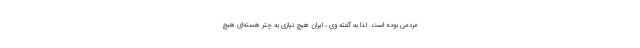
مردمی بوده است. لذا به گفته وی ، ایران هیچ نیازی به چتر هسته‌ای هیچ